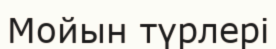
Мойын түрлері